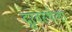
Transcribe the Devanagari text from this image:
दूरवस्थेला